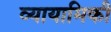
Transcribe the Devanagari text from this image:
व्यायामिकी